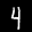
Label: 4